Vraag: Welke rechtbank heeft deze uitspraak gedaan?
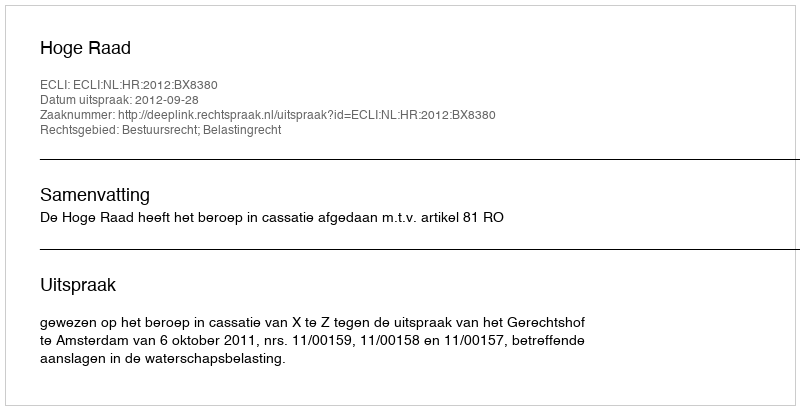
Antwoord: Hoge Raad